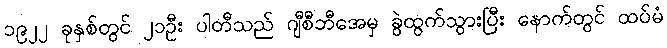
၁၉၂၂ ခုနှစ်တွင် ၂၁ဦး ပါတီသည် ဂျီစီဘီအေမှ ခွဲထွက်သွားပြီး နောက်တွင် ထပ်မံ